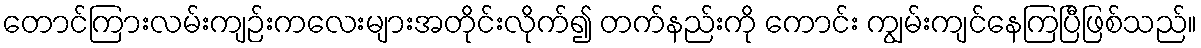
တောင်ကြားလမ်းကျဉ်းကလေးများအတိုင်းလိုက်၍ တက်နည်းကို ကောင်း ကျွမ်းကျင်နေကြပြီဖြစ်သည်။